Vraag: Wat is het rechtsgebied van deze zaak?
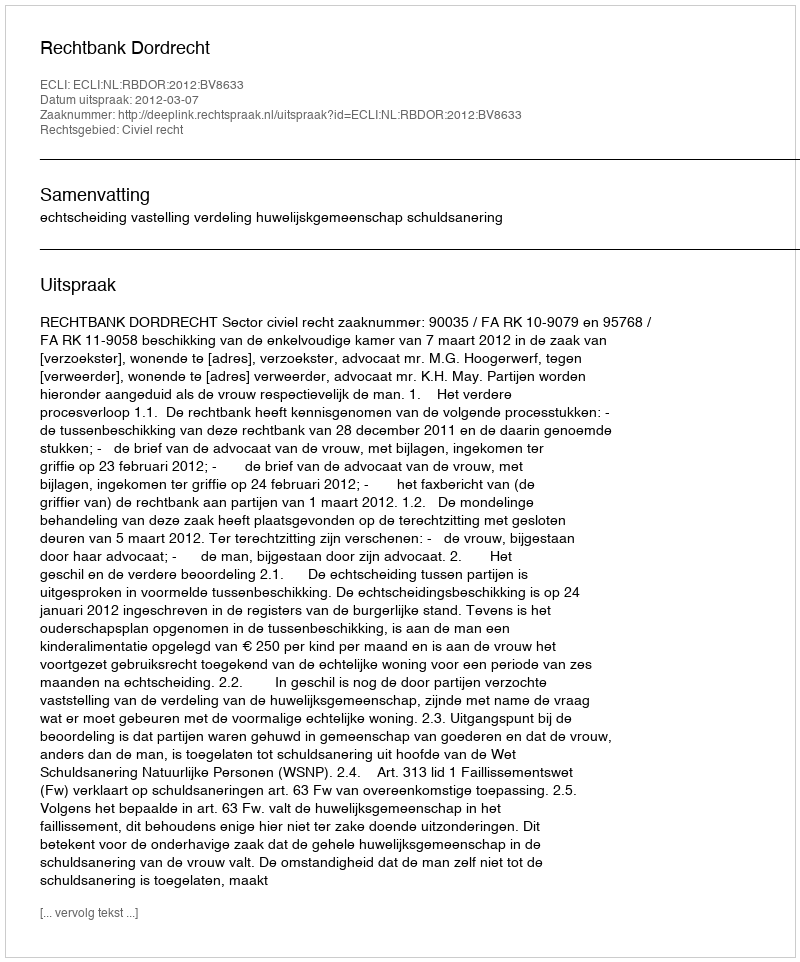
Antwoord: Civiel recht